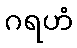
ဂရဟံ